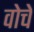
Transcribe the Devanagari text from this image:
वोचे